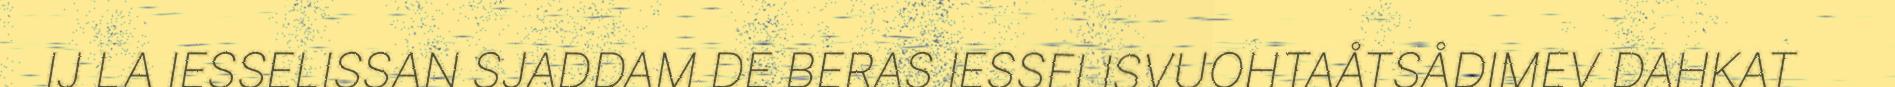
IJ LA IESSELISSAN SJADDAM DE BERAS IESSELISVUOHTAÅTSÅDIMEV DAHKAT